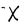
Character: X